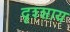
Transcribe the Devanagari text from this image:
दृश्शाय